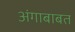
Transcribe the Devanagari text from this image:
अंगाबाबत